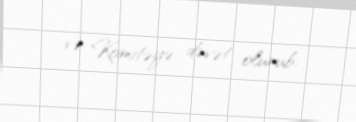
və Komitəyə dəvət olunub.